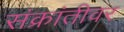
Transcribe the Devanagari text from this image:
संक्रांतीवर